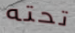
تحته